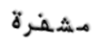
مشفرة